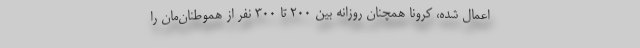
اعمال شده، کرونا همچنان روزانه بین ۲۰۰ تا ۳۰۰ نفر از هموطنان‌مان را